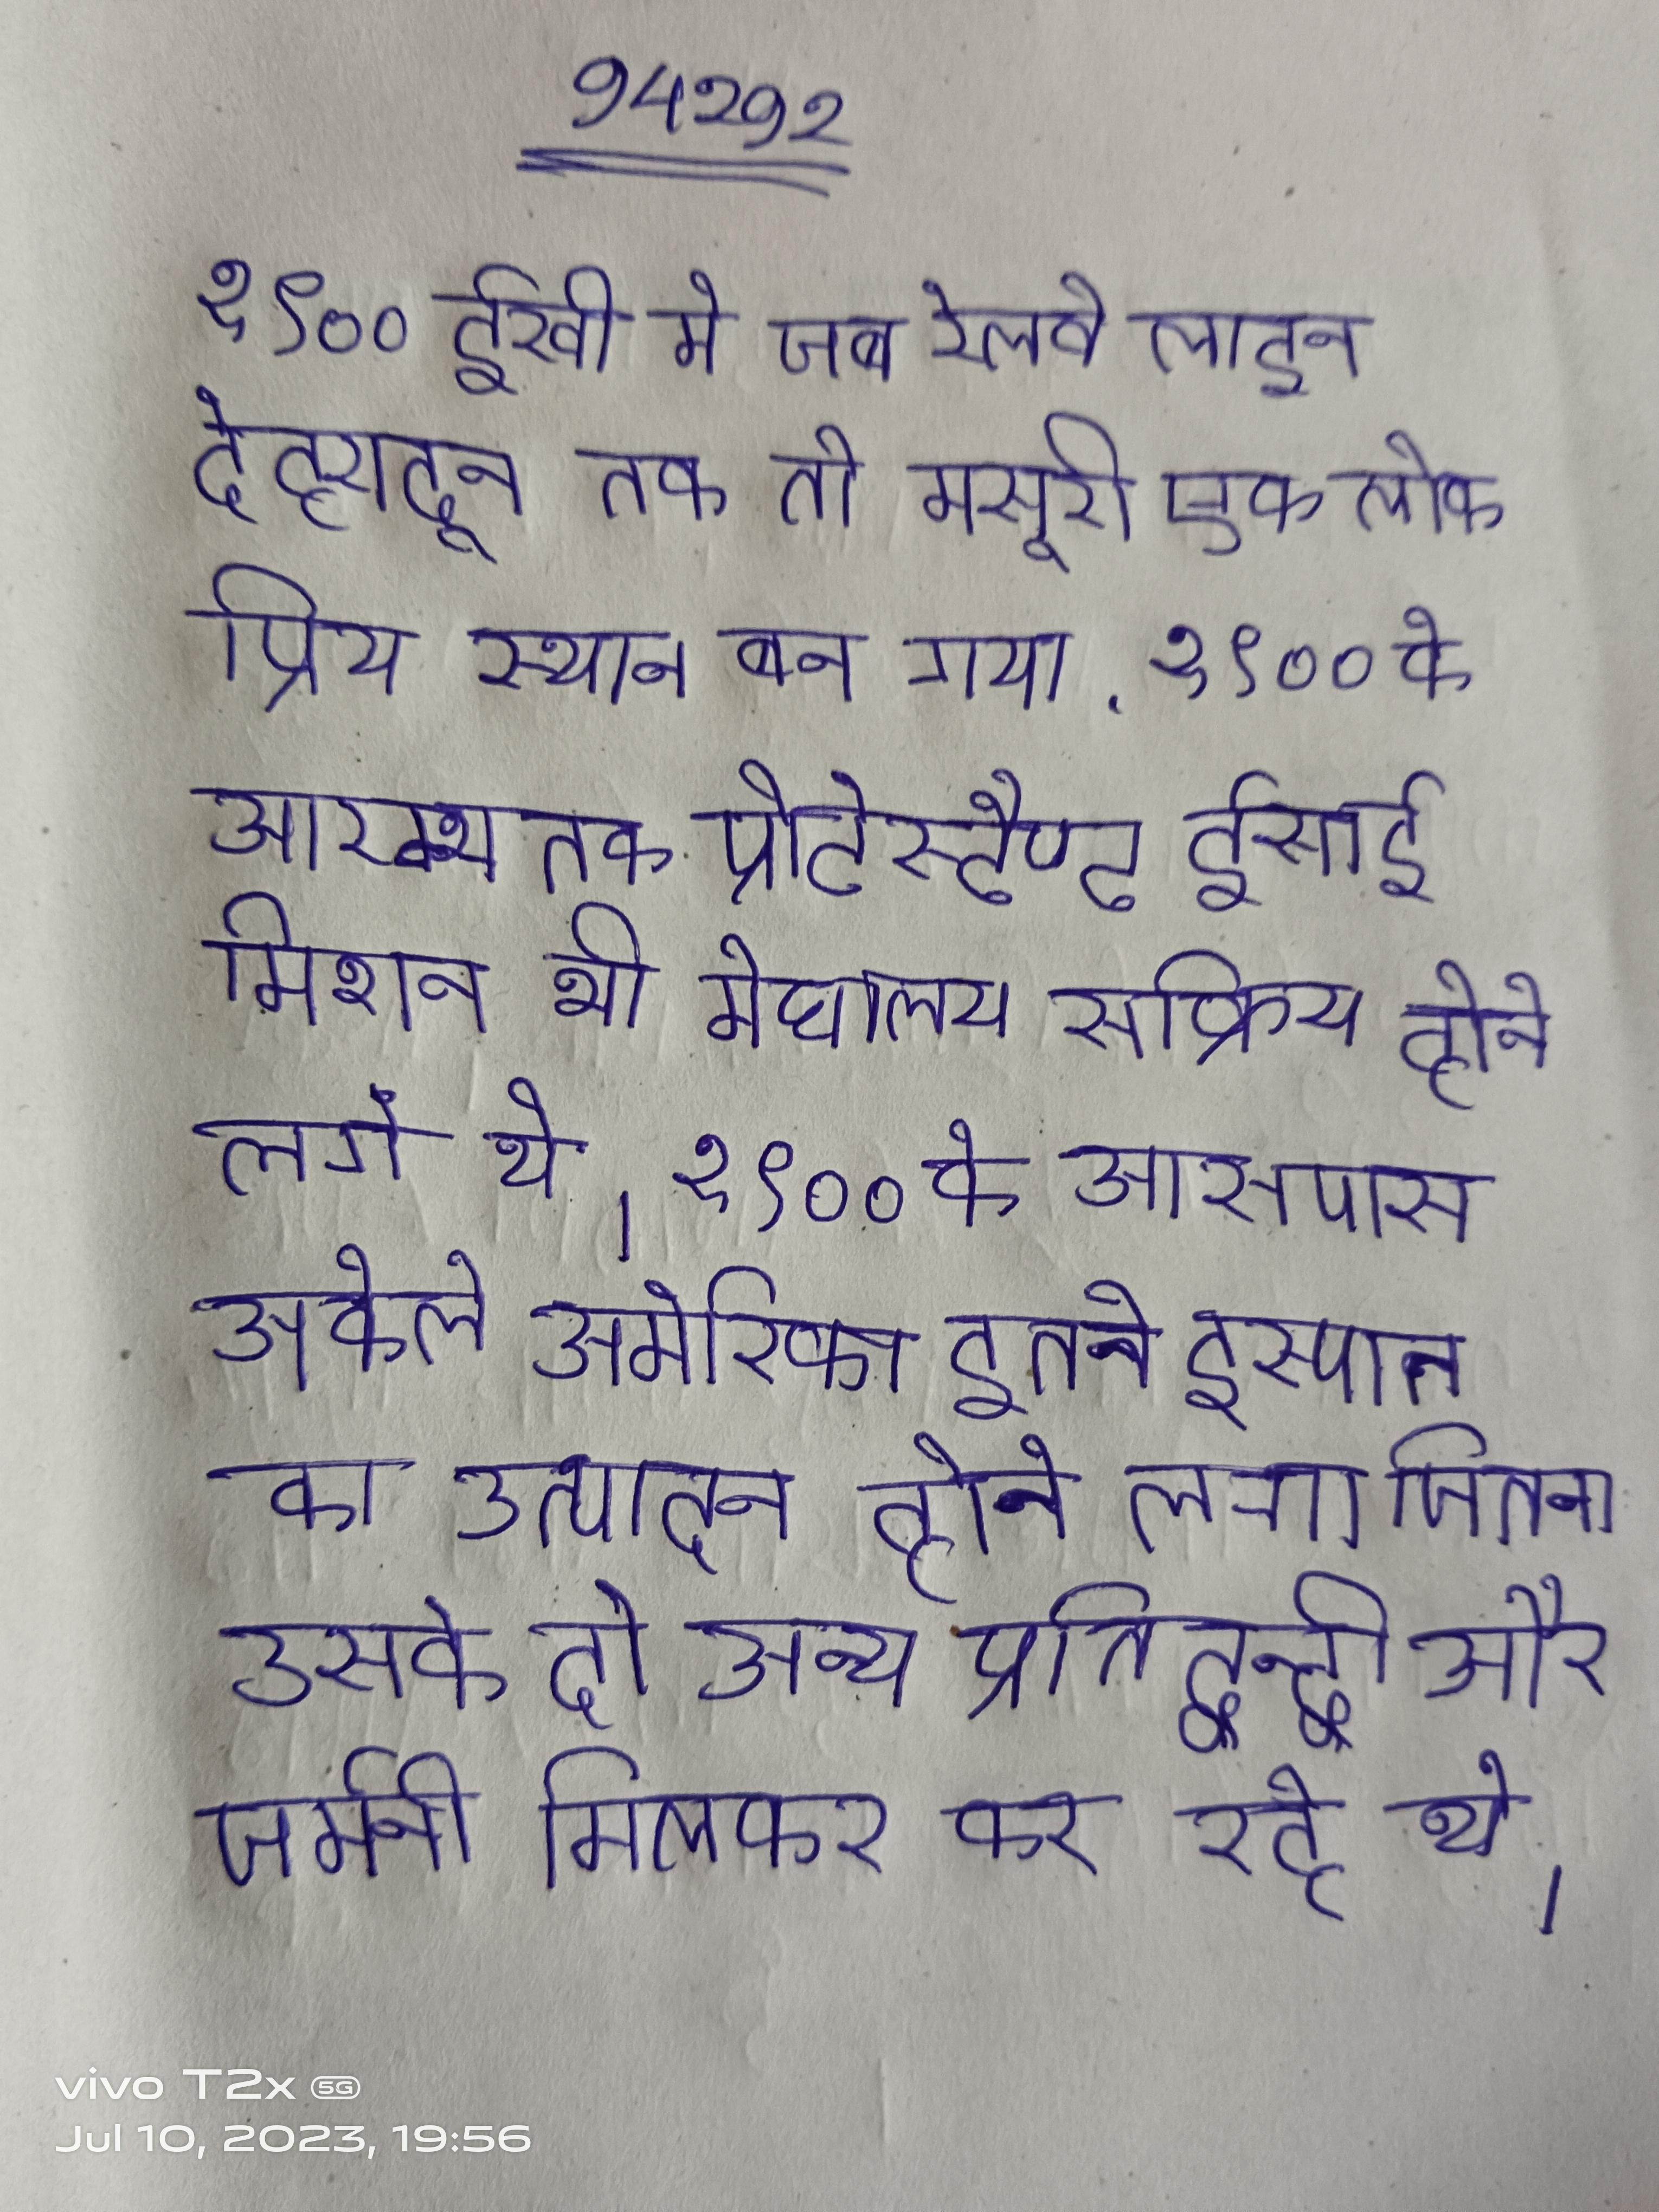
१९०० ईस्वी मे जब रेलवे लाइन देहरादून तक तो मसूरी एक लोकप्रिय स्थान बन गया . १९०० के आरम्भ तक प्रोटेस्टैण्ट ईसाई मिशन भी मेघालय सक्रिय होने लगे थे । १९०० के आसपास अकेले अमेरिका इतने इस्पात का उत्पादन होने लगा जितना उसके दो अन्य प्रतिद्वन्द्वी और जर्मनी मिलकर कर रहे थे ।